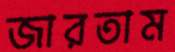
জারতাম